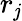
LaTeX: r_{\mathit{j}}